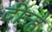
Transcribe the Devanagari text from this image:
दीन्हे